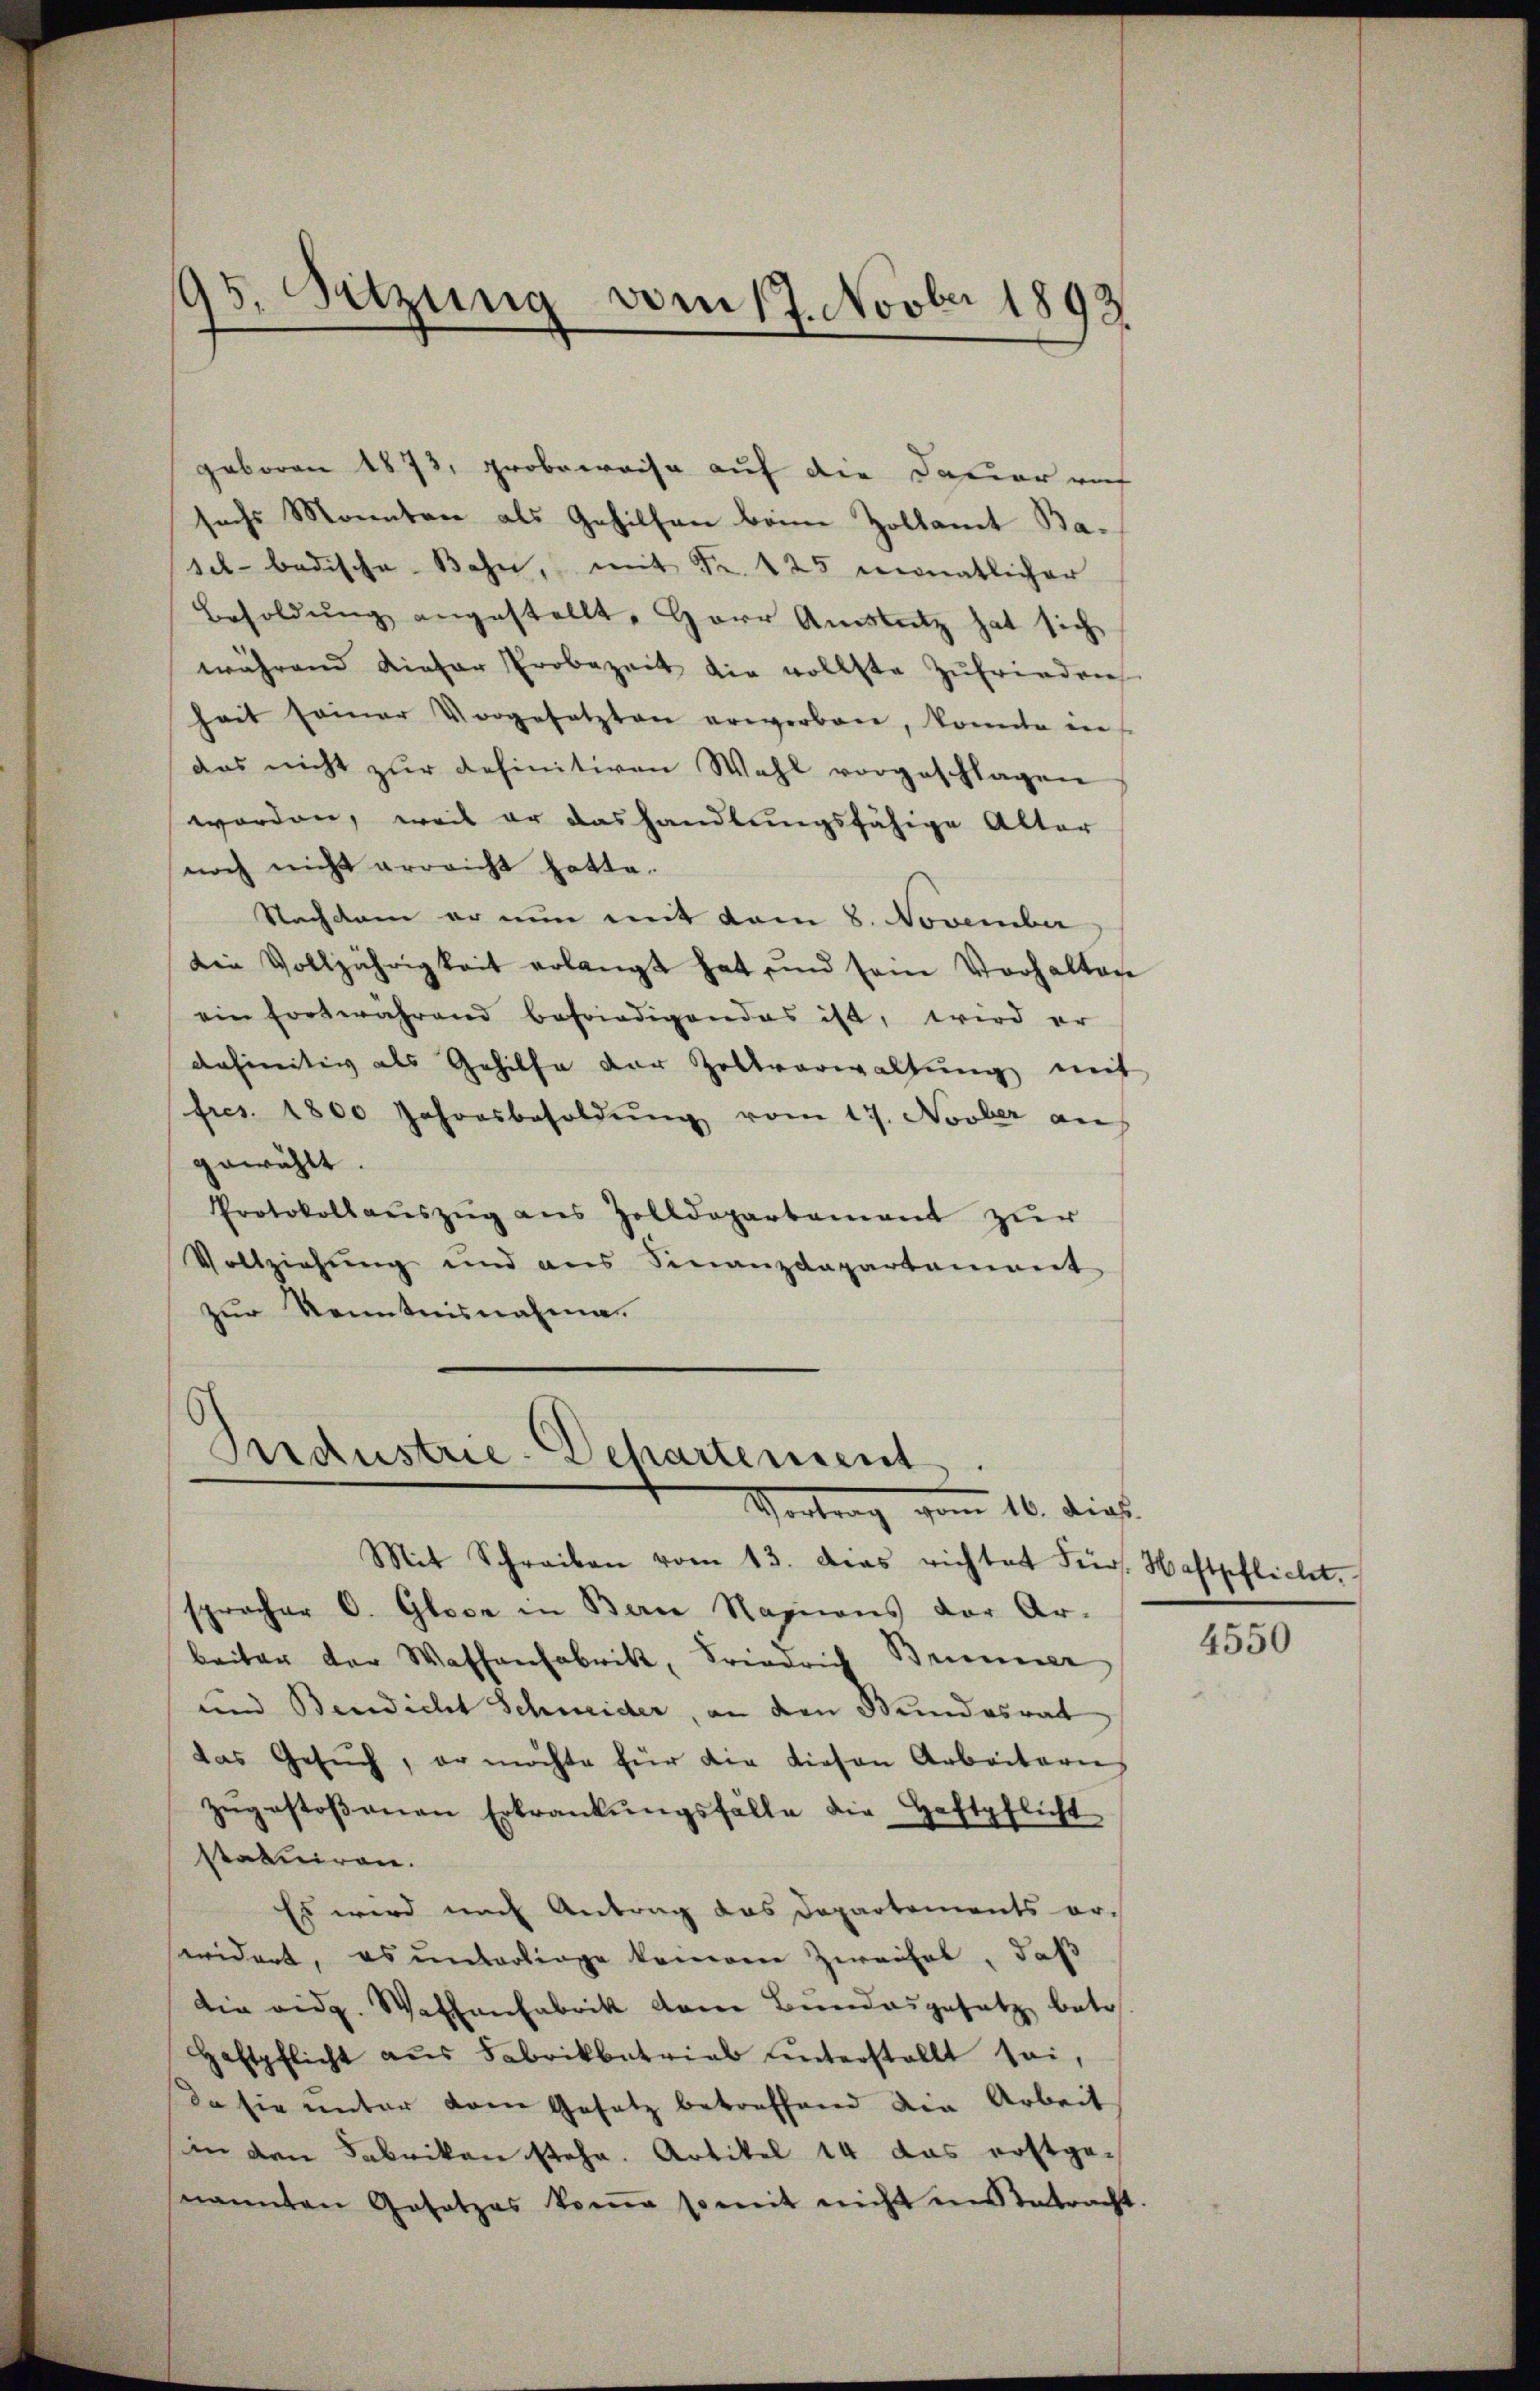
95. Sitzung vom 17. Novber 1893

geboren 1873, grobeweise auf die Dauer rief
sechs Monnten als Gehilfen beim Zollamt Basel- badische Bahn, mit Fr. 125 monatlicher
Besoldŭng angestellt, Herr Amstutz hat sich
während dieser Probezeit die vollste Zufriedens
hait seiner Vorgesetzten erwerben, konnte in
das nicht zŭr definitiven Wahl vorgeschlagen
worden, weil er dashandlungsfähige Alter
noch nicht erreicht hatte.
Nachdem er nun mit vom 8. November
Die Volljährigkeit erlangt hat und sein Vorhaltage
ein fortwährend befriedigendes ist, wird er
definitiv als Gehilfe der Zollverwaltung mit
fres. 1800 Jahresbesoldŭng vom 17. Novber an
gewählt.
Protokoll aŭszŭg aus Zolldepartement zur
Vollziehung und aus Finanzdepartement
zur Kenntnisnahme

Industrie-Departement
Vortrag vom 16. dies
Mit Schreiben vom 13. dies richtet Fr. Haftpflicht.

sprocher O. Glose in Bern Nazions der Ar-
beiter der Wassenfabrik, Friedrich Brunner
und Benedicht Schneider, an den Stundesrat
das Gesŭch, er möchte für die diesen Arbeitern
zŭgestossenen Erkrankŭngsfalle die Haftpflicht
statuiren.
Es wird nach Antrag das Departements erwidert, es unterliege keinem Zweifel, daß
die eidg. Waffenfabrik dem Bundesgesetz betr.
Haftpflicht aŭs Fabrikbetrial unterstellt sei,
Da sie unter dem Gesetz betreffend die Arbeit
sin den Fabrikon stehe. Artikel 14 das erstge-
snannten Gesetzes kome somit nicht in betracht.

4550